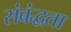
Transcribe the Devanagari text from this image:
संबंद्धता